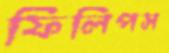
ফিলিপস